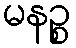
မနဉ္စ